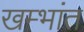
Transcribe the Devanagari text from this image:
खम्भांत